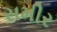
સમીર